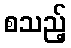
စသည့်